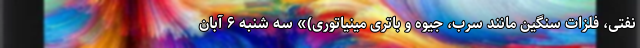
نفتی، فلزات سنگین مانند سرب، جیوه و باتری مینیاتوری)» سه شنبه ۶ آبان